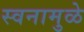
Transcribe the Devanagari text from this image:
स्वनामुळे